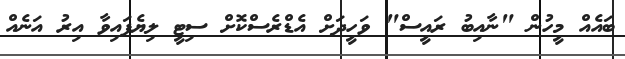
ބައެއް މީހުން "ނާއިބު ރައީސް" ވަހީދަށް އެޑްރެސްކޮށް ސިޓީ ލިޔެފައިވާ އިރު އަނެއް